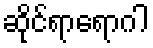
ဆိုင်ရာရောဂါ